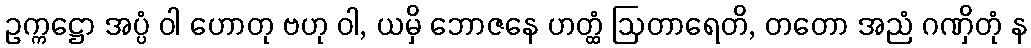
ဥက္ကဋ္ဌော အပ္ပံ ဝါ ဟောတု ဗဟု ဝါ, ယမှိ ဘောဇနေ ဟတ္ထံ ဩတာရေတိ, တတော အညံ ဂဏှိတုံ န